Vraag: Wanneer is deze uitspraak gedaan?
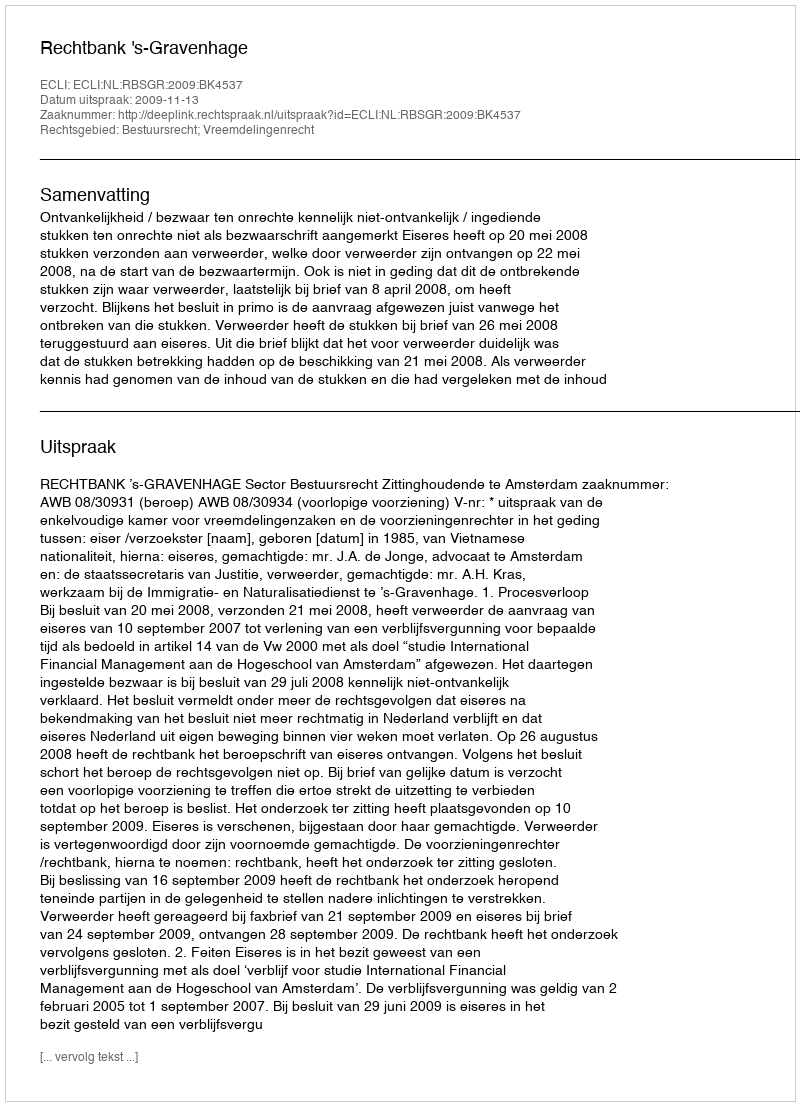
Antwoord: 2009-11-13